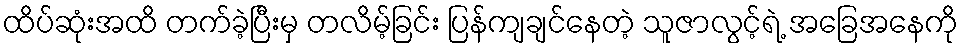
ထိပ်ဆုံးအထိ တက်ခဲ့ပြီးမှ တလိမ့်ခြင်း ပြန်ကျချင်နေတဲ့ သူဇာလွင့်ရဲ့ အခြေအနေကို